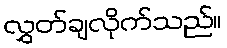
လွှတ်ချလိုက်သည်။